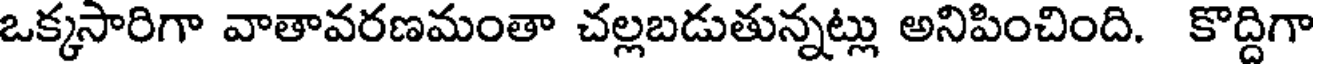
ఒక్కసారిగా వాతావరణమంతా చల్లబడుతున్నట్లు అనిపించింది. కొద్దిగా